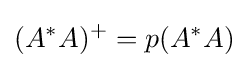
(A^{*}A)^{+}=p(A^{*}A)